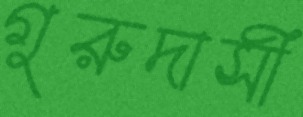
গুরুদাসী